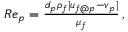
\begin{array} { r } { R e _ { p } = \frac { d _ { p } \rho _ { f } | \boldsymbol { u } _ { f @ p } - \boldsymbol { v } _ { p } | } { \mu _ { f } } \, , } \end{array}